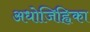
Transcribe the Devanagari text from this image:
अधोजिह्विका